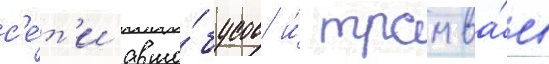
с'е́т'и авто́бусов и́ трамва́ев